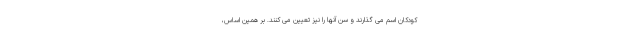
کودکان اسم می گذارند و سن آنها را نیز تعیین می کنند. بر همین اساس،